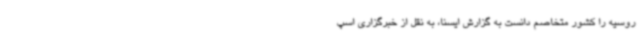
روسیه را کشور متخاصم دانست به گزارش ایسنا، به نقل از خبرگزاری اسپ